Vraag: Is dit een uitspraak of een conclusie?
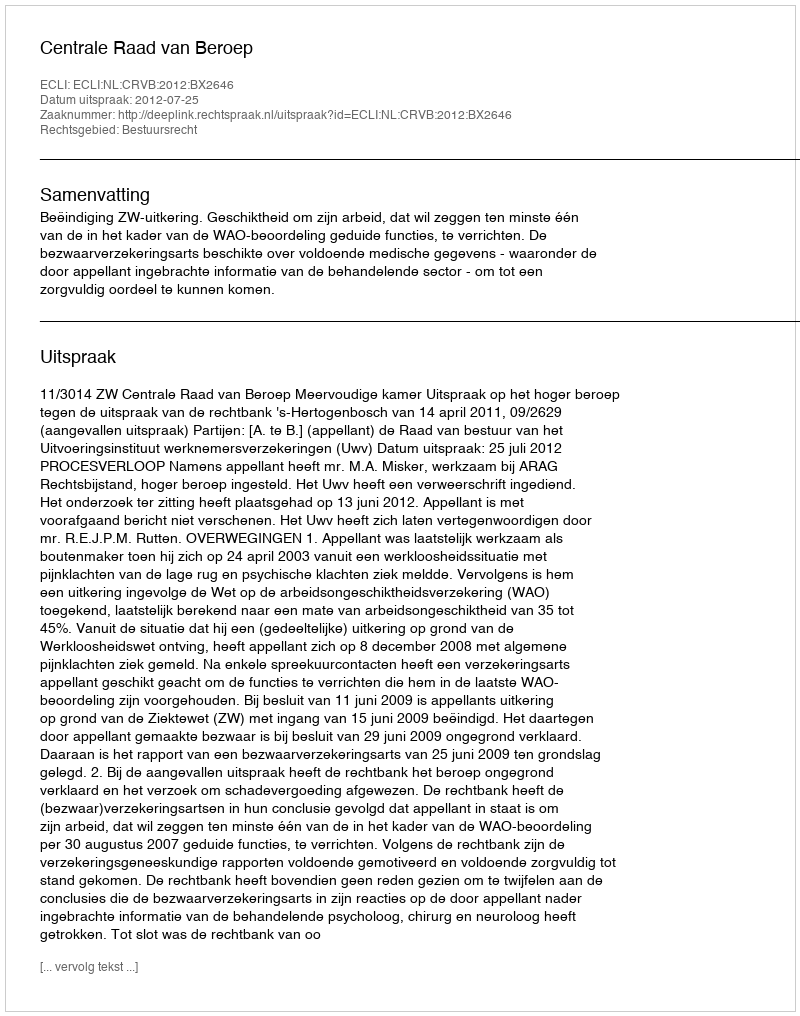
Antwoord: Uitspraak